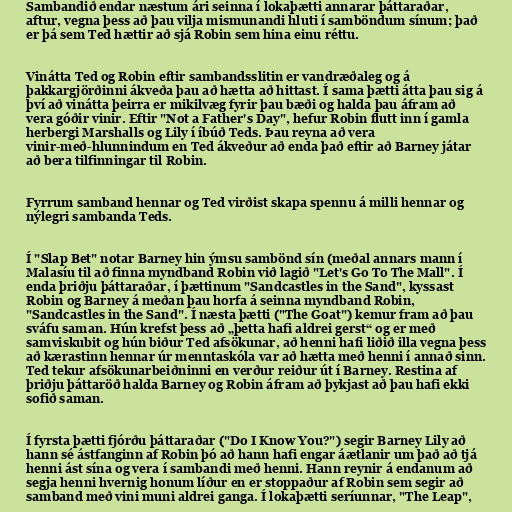
Sambandið endar næstum ári seinna í lokaþætti annarar þáttaraðar,
aftur, vegna þess að þau vilja mismunandi hluti í samböndum sínum; það
er þá sem Ted hættir að sjá Robin sem hina einu réttu.

Vinátta Ted og Robin eftir sambandsslitin er vandræðaleg og á
þakkargjörðinni ákveða þau að hætta að hittast. Í sama þætti átta þau sig á
því að vinátta þeirra er mikilvæg fyrir þau bæði og halda þau áfram að
vera góðir vinir. Eftir "Not a Father's Day", hefur Robin flutt inn í gamla
herbergi Marshalls og Lily í íbúð Teds. Þau reyna að vera
vinir-með-hlunnindum en Ted ákveður að enda það eftir að Barney játar
að bera tilfinningar til Robin.

Fyrrum samband hennar og Ted virðist skapa spennu á milli hennar og
nýlegri sambanda Teds.

Í "Slap Bet" notar Barney hin ýmsu sambönd sín (meðal annars mann í
Malasíu til að finna myndband Robin við lagið "Let's Go To The Mall". Í
enda þriðju þáttaraðar, í þættinum "Sandcastles in the Sand", kyssast
Robin og Barney á meðan þau horfa á seinna myndband Robin,
"Sandcastles in the Sand". Í næsta þætti ("The Goat") kemur fram að þau
sváfu saman. Hún krefst þess að „þetta hafi aldrei gerst“ og er með
samviskubit og hún biður Ted afsökunar, að henni hafi liðið illa vegna þess
að kærastinn hennar úr menntaskóla var að hætta með henni í annað sinn.
Ted tekur afsökunarbeiðninni en verður reiður út í Barney. Restina af
þriðju þáttaröð halda Barney og Robin áfram að þykjast að þau hafi ekki
sofið saman.

Í fyrsta þætti fjórðu þáttaraðar ("Do I Know You?") segir Barney Lily að
hann sé ástfanginn af Robin þó að hann hafi engar áætlanir um það að tjá
henni ást sína og vera í sambandi með henni. Hann reynir á endanum að
segja henni hvernig honum líður en er stoppaður af Robin sem segir að
samband með vini muni aldrei ganga. Í lokaþætti seríunnar, "The Leap",